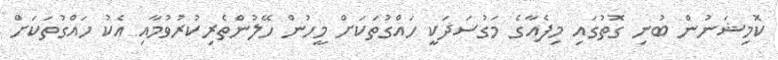
ކޮމިޝަނުން ބުނި ގޮތުގައި މިފެއާގެ މަގުސަދަކީ ހައްގުތަކަށް މީހުން ހޭލުންތެރިކުރުވުމާއި އެކު ހައްގުތަކަށް